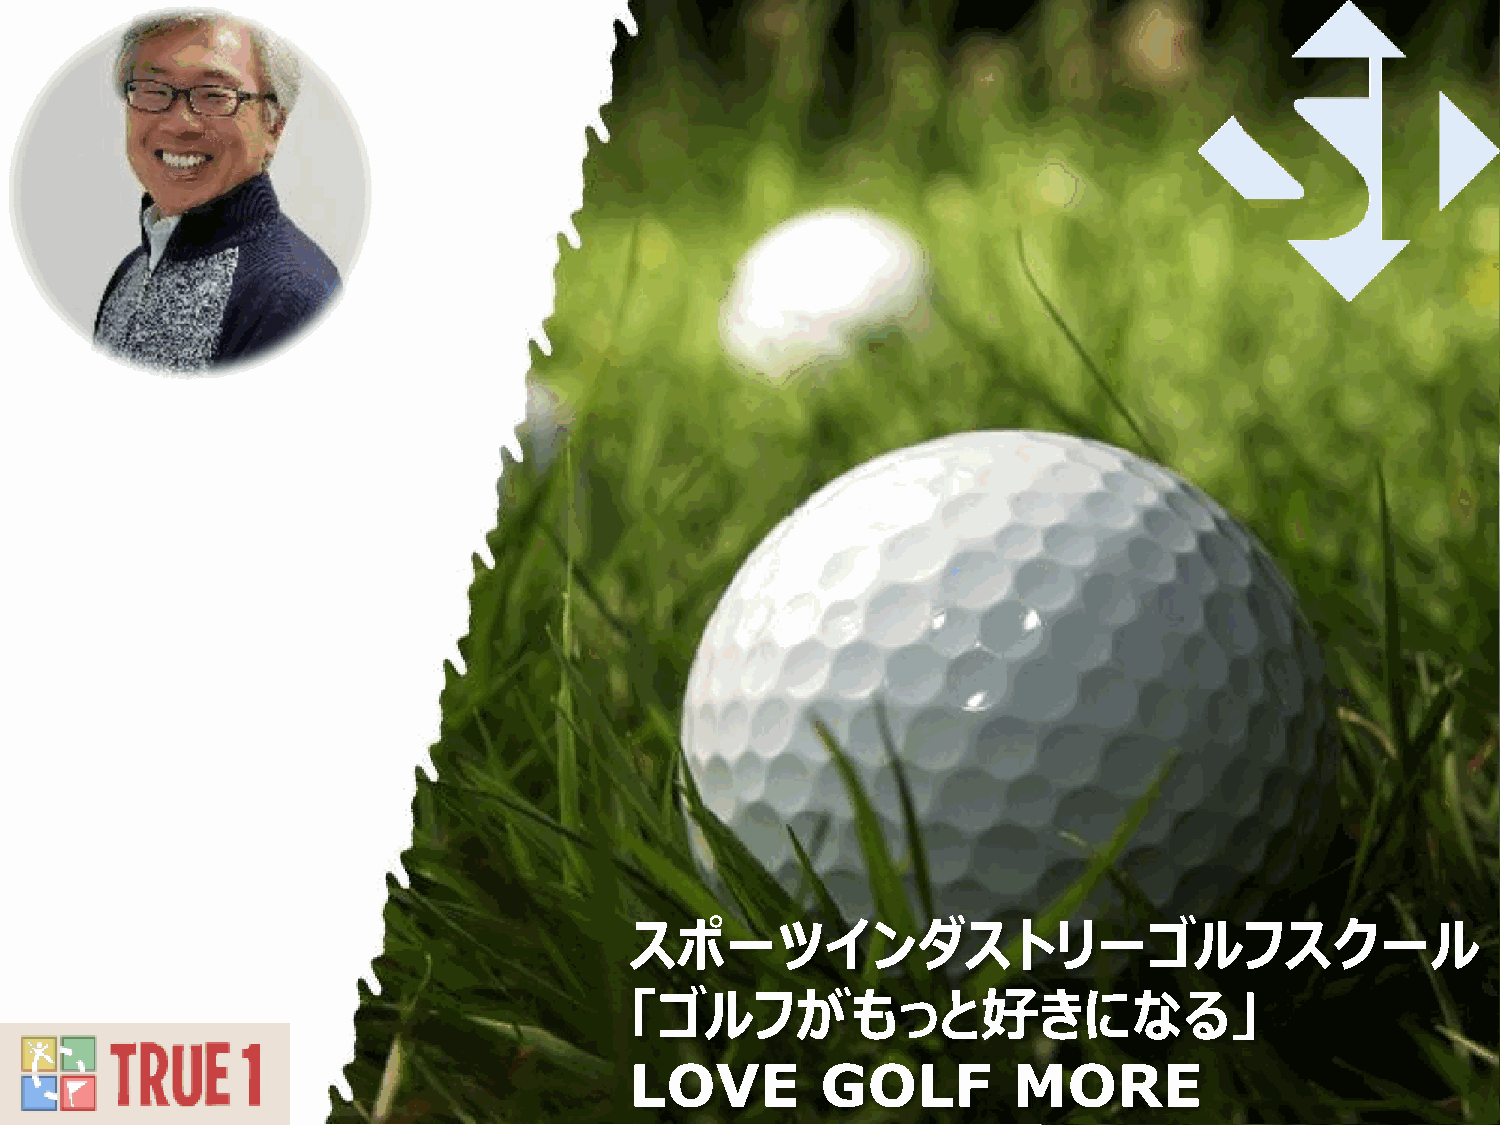
スポーツインダストリーゴルフスクール
 「ゴルフがもっと好きになる」
 Page  1
 LOVE        GOLF         MORE